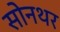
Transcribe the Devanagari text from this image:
सोनथर